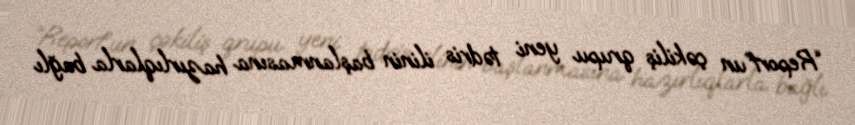
“Report”un çəkiliş qrupu yeni tədris ilinin başlanmasına hazırlıqlarla bağlı